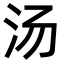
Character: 汤